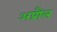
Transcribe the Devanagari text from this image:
अप्रौल